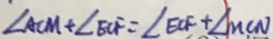
\angle A C M + \angle E C F = \angle E C F + \angle M C N